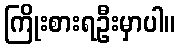
ကြိုးစားရဦးမှာပါ။